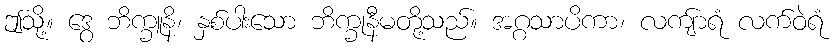
ဤသို့။ ဒွေ ဘိက္ခူနိ၊ နှစ်ပါးသော ဘိက္ခုနီမတို့သည်။ အဂ္ဂသာပိကာ၊ လကျ်ာရံ လက်ဝဲရံ